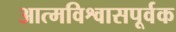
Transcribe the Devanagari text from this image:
आत्मविश्वासपूर्वक